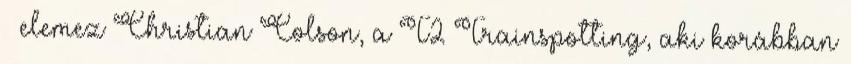
– elemez Christian Colson, a T2 Trainspotting, aki korábban